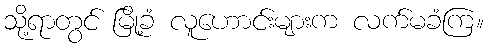
သို့ရာတွင် မြို့ခံ လူဟောင်းများက လက်မခံကြ။